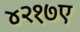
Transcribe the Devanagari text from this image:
४२१७ए